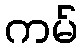
ကမ်